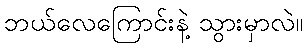
ဘယ်လေကြောင်းနဲ့ သွားမှာလဲ။